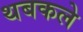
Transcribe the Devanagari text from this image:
थबकले